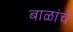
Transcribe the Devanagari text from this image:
बाळांचे